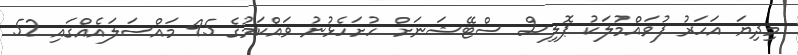
މިދިޔަ އަހަރު ފުވައްމުލަކު ޕޮލިސް ސްޓޭޝަނަށް ހުށަހެޅުނު ވައްކަމުގެ 95 މައްސަލައެއްގައި 52